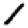
Digit: 1